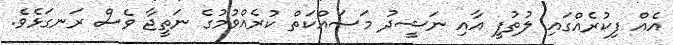
އެއް ފިކުރެއްގައި ލުތުފީ އާއި ނަޝީދު މަސައްކަތް ކުރެއްވުމުގެ ނަތީޖާ ވެސް ރަނގަޅެވެ.